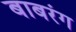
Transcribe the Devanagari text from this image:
बाबरंग